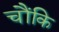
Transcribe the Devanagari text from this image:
चौंकि